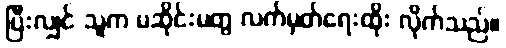
ပြီးလျှင် သူက မဆိုင်းမတွ လက်မှတ်ရေးထိုး လိုက်သည်။